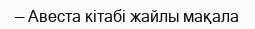
— Авеста кітабі жайлы мақала